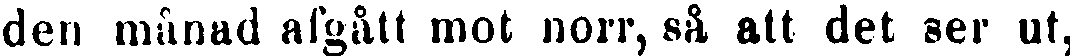
den månad afgått mot norr, så att det ser ut,